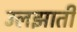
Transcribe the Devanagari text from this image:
उलझाती